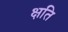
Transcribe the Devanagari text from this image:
क्षति